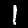
Label: 1